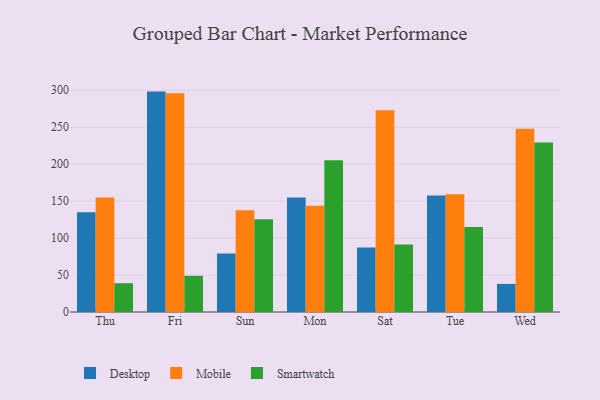
{"axis": {"x": "Day", "y": "Net Income (USD K)"}, "legend": ["Desktop", "Mobile", "Smartwatch"], "data": [{"x": "Thu", "y": 134.8, "type": "Desktop"}, {"x": "Thu", "y": 155.0, "type": "Mobile"}, {"x": "Thu", "y": 38.9, "type": "Smartwatch"}, {"x": "Fri", "y": 298.1, "type": "Desktop"}, {"x": "Fri", "y": 296.0, "type": "Mobile"}, {"x": "Fri", "y": 48.9, "type": "Smartwatch"}, {"x": "Sun", "y": 79.2, "type": "Desktop"}, {"x": "Sun", "y": 137.7, "type": "Mobile"}, {"x": "Sun", "y": 125.6, "type": "Smartwatch"}, {"x": "Mon", "y": 154.7, "type": "Desktop"}, {"x": "Mon", "y": 143.7, "type": "Mobile"}, {"x": "Mon", "y": 205.2, "type": "Smartwatch"}, {"x": "Sat", "y": 87.2, "type": "Desktop"}, {"x": "Sat", "y": 273.0, "type": "Mobile"}, {"x": "Sat", "y": 91.4, "type": "Smartwatch"}, {"x": "Tue", "y": 157.6, "type": "Desktop"}, {"x": "Tue", "y": 159.4, "type": "Mobile"}, {"x": "Tue", "y": 115.1, "type": "Smartwatch"}, {"x": "Wed", "y": 38.0, "type": "Desktop"}, {"x": "Wed", "y": 248.0, "type": "Mobile"}, {"x": "Wed", "y": 229.3, "type": "Smartwatch"}]}